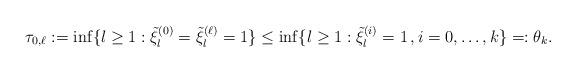
LaTeX: \begin{align*}\tau_{0,\ell}:=\inf\{l\ge1:\tilde\xi^{(0)}_l=\tilde\xi^{(\ell)}_l=1\}\le \inf\{l\ge 1: \tilde\xi^{(i)}_l=1\,,i=0,\ldots, k \}=:{{\theta_k}}.\end{align*}